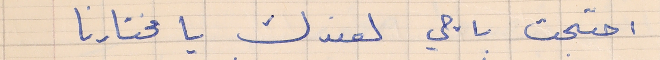
احتجت باجي لعندك يا مختارنا